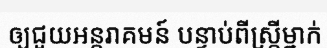
ឲ្យជួយអន្តរាគមន៍ បន្ទាប់ពីស្ត្រីម្នាក់